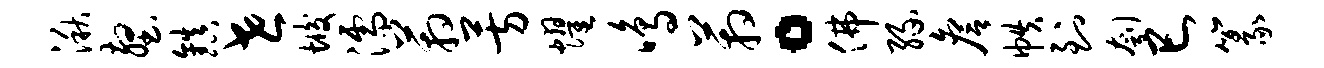
湫壑镇世垢濡箱芳耀鸣箱。佛缘詹帙到刳巳篆